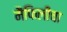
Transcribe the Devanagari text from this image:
मैफिलीचा